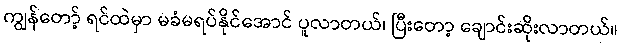
ကျွန်တော့် ရင်ထဲမှာ မခံမရပ်နိုင်အောင် ပူလာတယ်၊ ပြီးတော့ ချောင်းဆိုးလာတယ်။